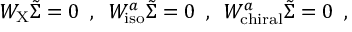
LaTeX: W _ { \mathrm { X } } \tilde { \Sigma } = 0 \, \, \, , \, \, \, W _ { \mathrm { i s o } } ^ { a } \tilde { \Sigma } = 0 \, \, \, , \, \, \, W _ { \mathrm { c h i r a l } } ^ { a } \tilde { \Sigma } = 0 \, \, \, ,